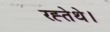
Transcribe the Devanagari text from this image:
रह्तेथे।